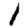
Digit: 1